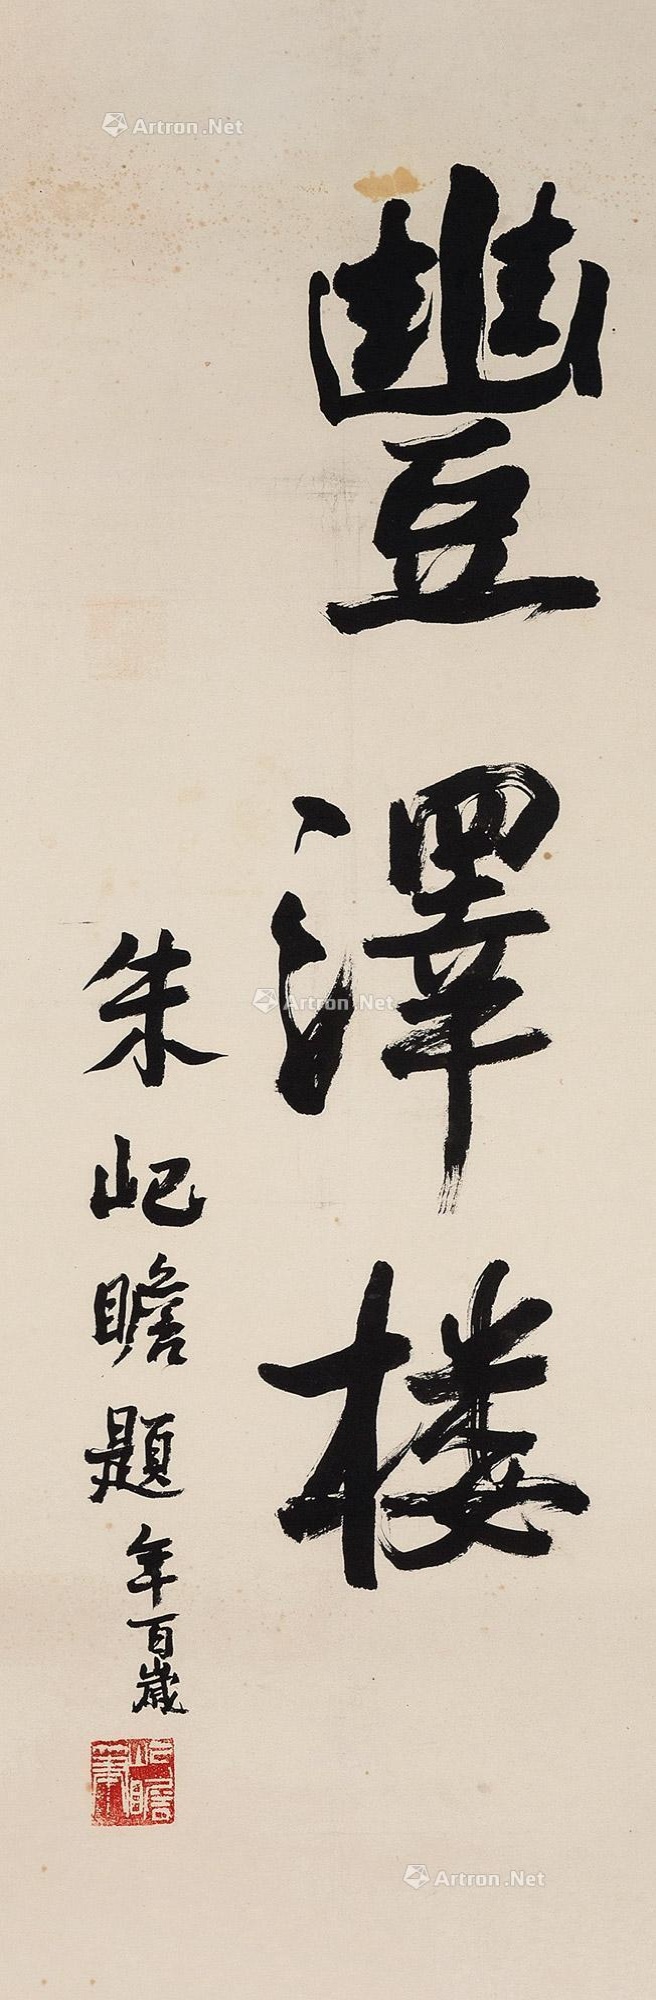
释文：丰泽楼。朱屺瞻题，年百岁。